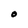
Character: 0